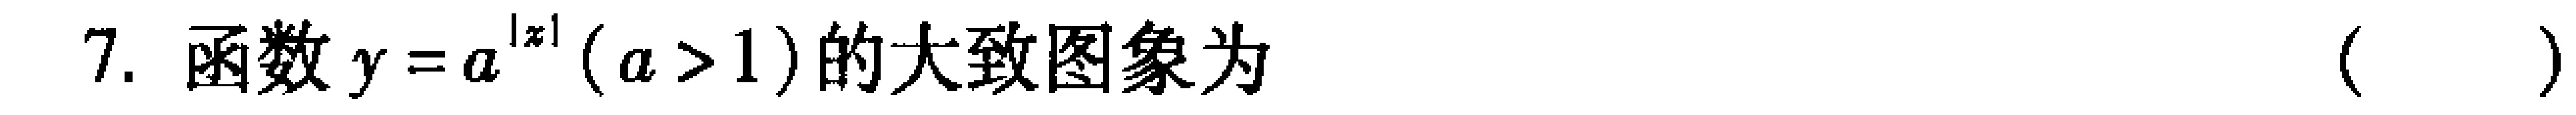
7. 函数\(y = a^{\vert x\vert}(a > 1)\)的大致图象为 （  ）